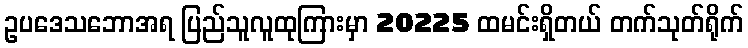
ဥပဒေသဘောအရ ပြည်သူလူထုကြားမှာ 20225 ထမင်းရှိတယ် တက်သုတ်ရိုက်